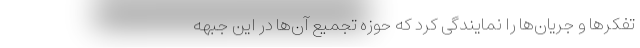
تفکر‌ها و جریان‌ها را نمایندگی کرد که حوزه تجمیع آن‌ها در این جبهه